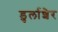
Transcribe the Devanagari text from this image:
डुर्लाशेर